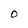
Character: O